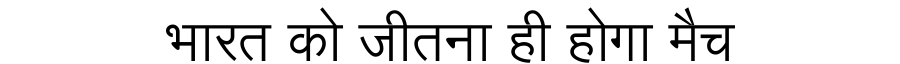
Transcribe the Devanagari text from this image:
भारत को जीतना ही होगा मैच